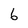
Character: 6